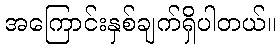
အကြောင်းနှစ်ချက်ရှိပါတယ်။